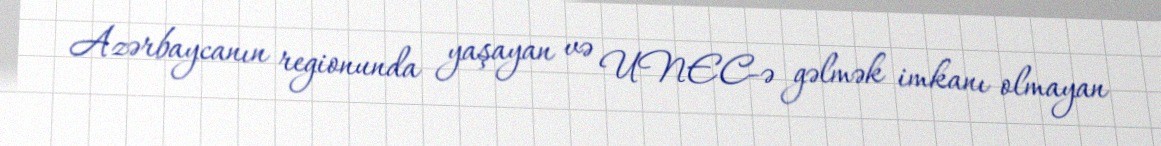
Azərbaycanın regionunda yaşayan və UNEC-ə gəlmək imkanı olmayan